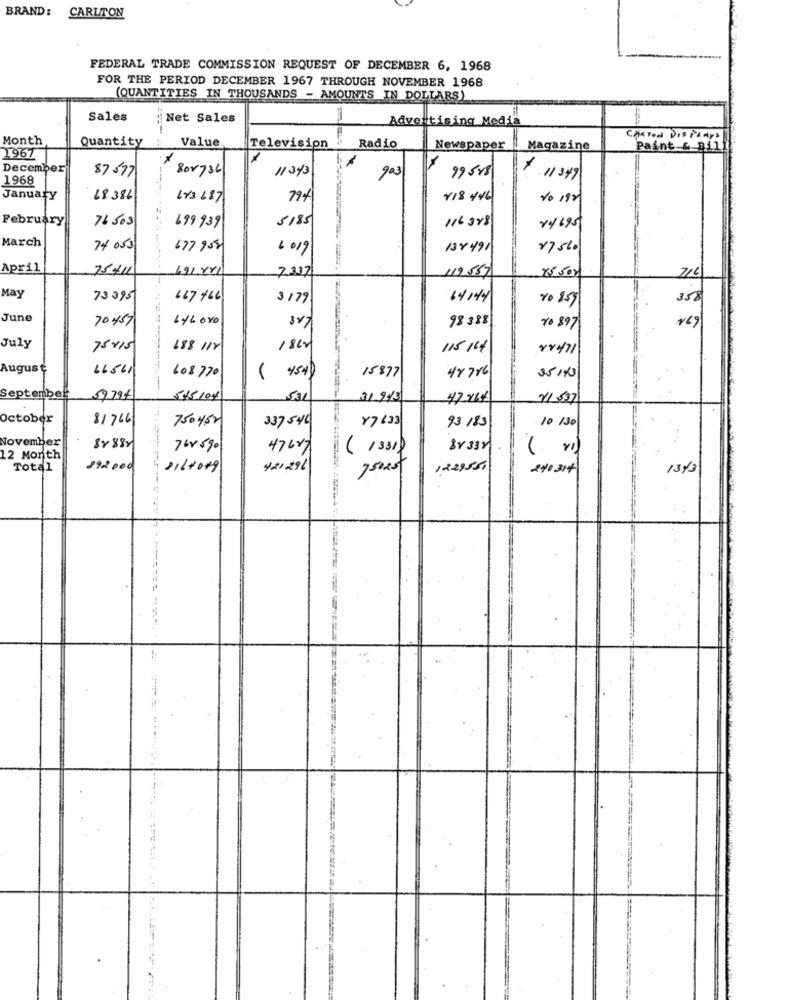
BRAND :
CARLTON
FEDERAL TRADE COMMISSION REQUEST OF DECEMBER 6, 1968
FOR THE PERIOD DECEMBER 1967 THROUGH NOVEMBER 1968
(QUANTITIES IN THOUSANDS - AMOUNTS IN DOLLARS)
Sales
Net Sales
Advertising Media
Month
Quantity
Value
CARTON DISPLAYS
Television
Radio
Newspaper
Magazine
paint & Bil
1967
December
808736
11343
99518
1968
87 577
903
11349
January
68386
LY3 687
79%
Y18 446
to 192
February
76 503
5185
116388
x4695
699 939
March
74 053
677 955
2019
138491
175.
April
7541L
191881
7327
15 500
119557
716
May
73395
167 +66
$ 179
64144
10 859
358
June
70457
LY6080
98388
10 897
July
75+15
188 118
115 14
84471
August
66561
608770
( 454)
15877
48786
35140
September
59794
5/5/04
531
31 9/9
47264
11537
October
81766
750452
337 546
87633
93 183
10 130
November
8888r
7W 590
476x7
( 1331)
BY 33Y
( v)
12 Month
Total
292 000
11/2019
421296
75025
1229551
240314
1343